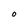
Character: o